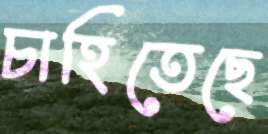
চাহিতেছে